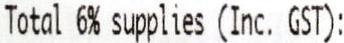
TOTAL 6% SUPPLIES (INC. GST):